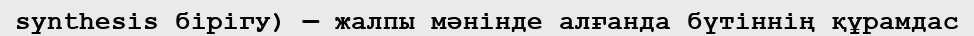
synthesis бірігу) — жалпы мәнінде алғанда бүтіннің құрамдас